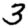
Digit: 3